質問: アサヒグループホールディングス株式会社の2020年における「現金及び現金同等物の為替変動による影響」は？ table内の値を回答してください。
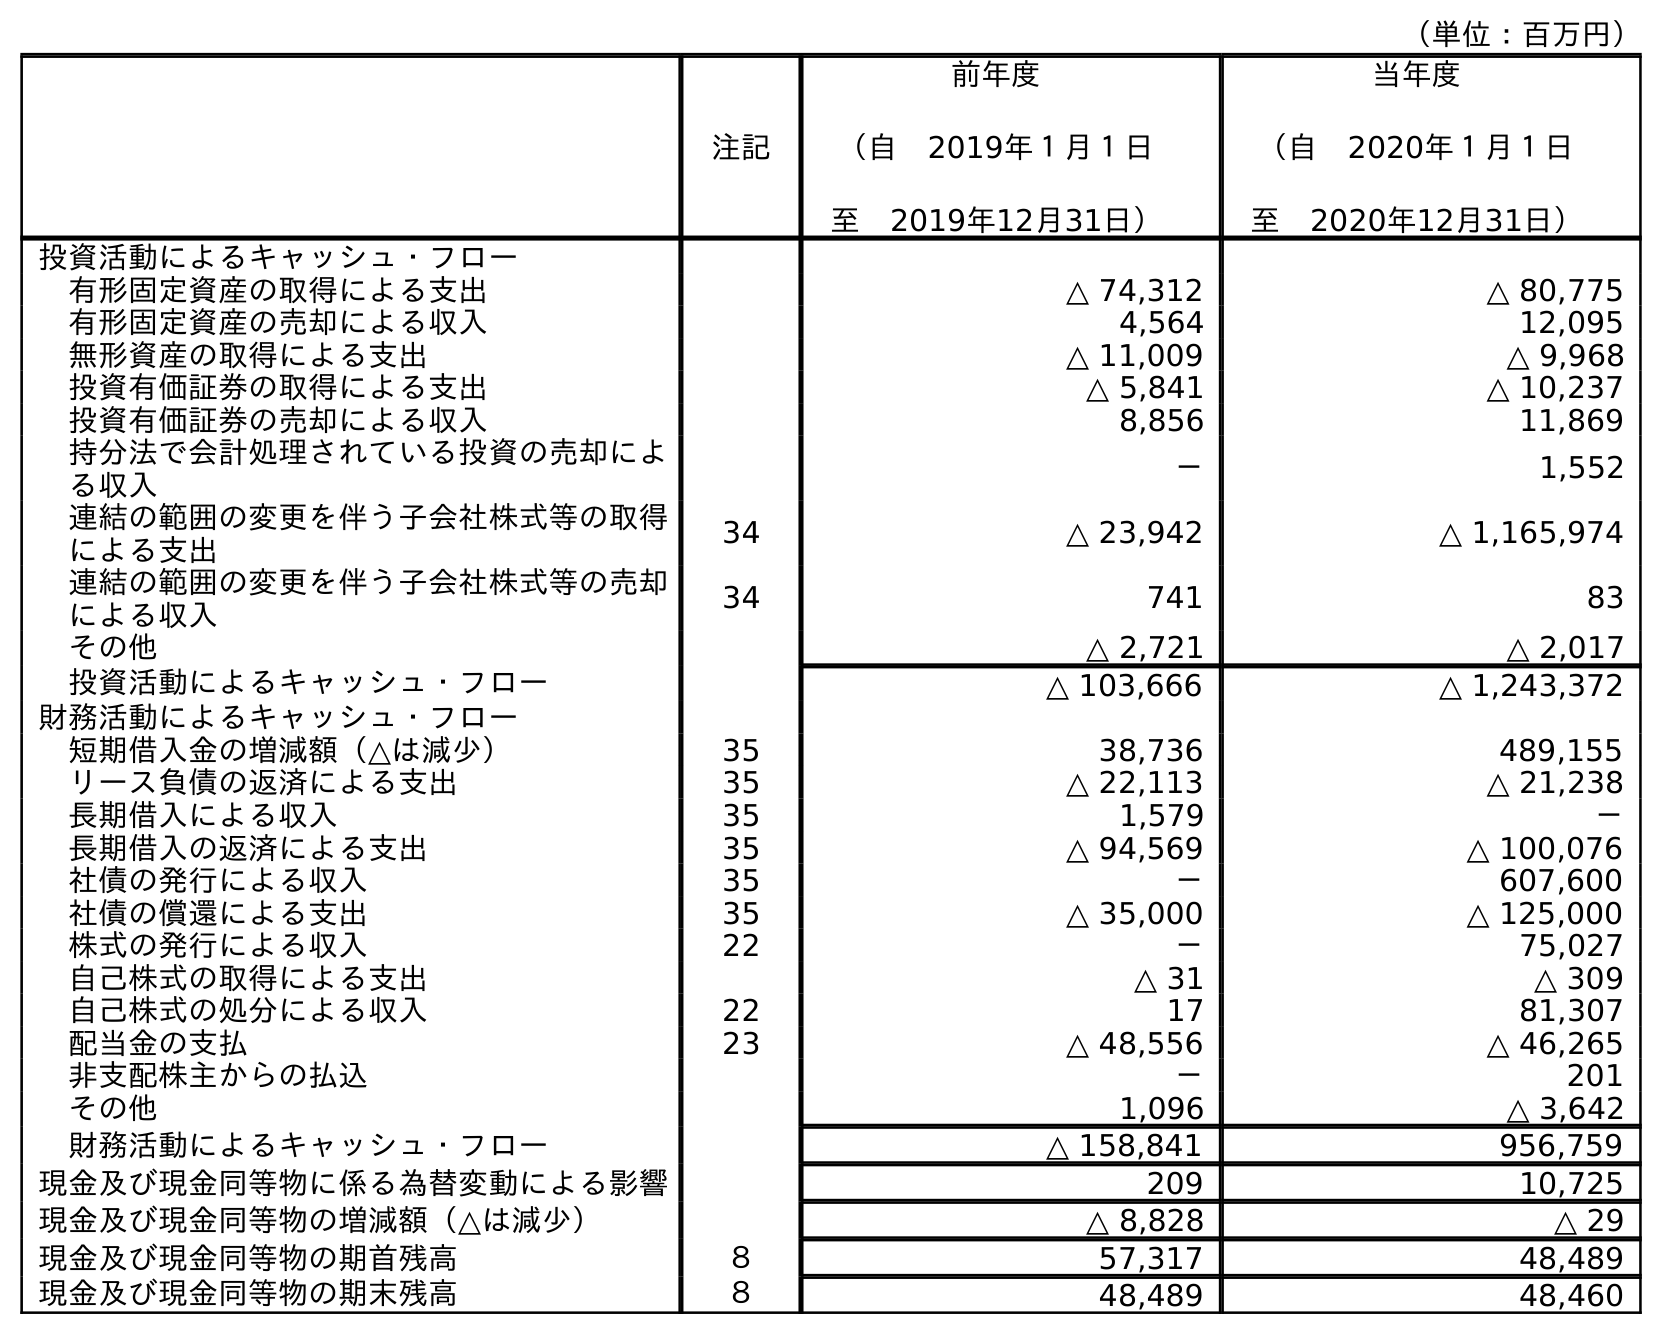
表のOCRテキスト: （単位：百万円） 注記 前年度 （自 2019年１月１日 至 2019年12月31日） 当年度 （自 2020年１月１日 至 2020年12月31日） 投資活動によるキャッシュ・フロー 有形固定資産の取得による支出 △ 74,312 △ 80,775 有形固定資産の売却による収入 4,564 12,095 無形資産の取得による支出 △ 11,009 △ 9,968 投資有価証券の取得による支出 △ 5,841 △ 10,237 投資有価証券の売却による収入 8,856 11,869 持分法で会計処理されている投資の売却によ る収入 － 1,552 連結の範囲の変更を伴う子会社株式等の取得 による支出 34 △ 23,942 △ 1,165,974 連結の範囲の変更を伴う子会社株式等の売却 による収入 34 741 83 その他 △ 2,721 △ 2,017 投資活動によるキャッシュ・フロー △ 103,666 △ 1,243,372 財務活動によるキャッシュ・フロー 短期借入金の増減額（△は減少） 35 38,736 489,155 リース負債の返済による支出 35 △ 22,113 △ 21,238 長期借入による収入 35 1,579 － 長期借入の返済による支出 35 △ 94,569 △ 100,076 社債の発行による収入 35 － 607,600 社債の償還による支出 35 △ 35,000 △ 125,000 株式の発行による収入 22 － 75,027 自己株式の取得による支出 △ 31 △ 309 自己株式の処分による収入 22 17 81,307 配当金の支払 23 △ 48,556 △ 46,265 非支配株主からの払込 － 201 その他 1,096 △ 3,642 財務活動によるキャッシュ・フロー △ 158,841 956,759 現金及び現金同等物に係る為替変動による影響 209 10,725 現金及び現金同等物の増減額（△は減少） △ 8,828 △ 29 現金及び現金同等物の期首残高 ８ 57,317 48,489 現金及び現金同等物の期末残高 ８ 48,489 48,460
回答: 10,725